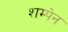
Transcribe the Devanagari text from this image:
शम्पेन